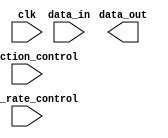
module io_buffer (
    input wire clk,
    input wire data_in,
    output wire data_out,
    input wire direction_control,
    input wire slew_rate_control
);

// Differential bidirectional buffer Verilog code

// Module implementation goes here

endmodule